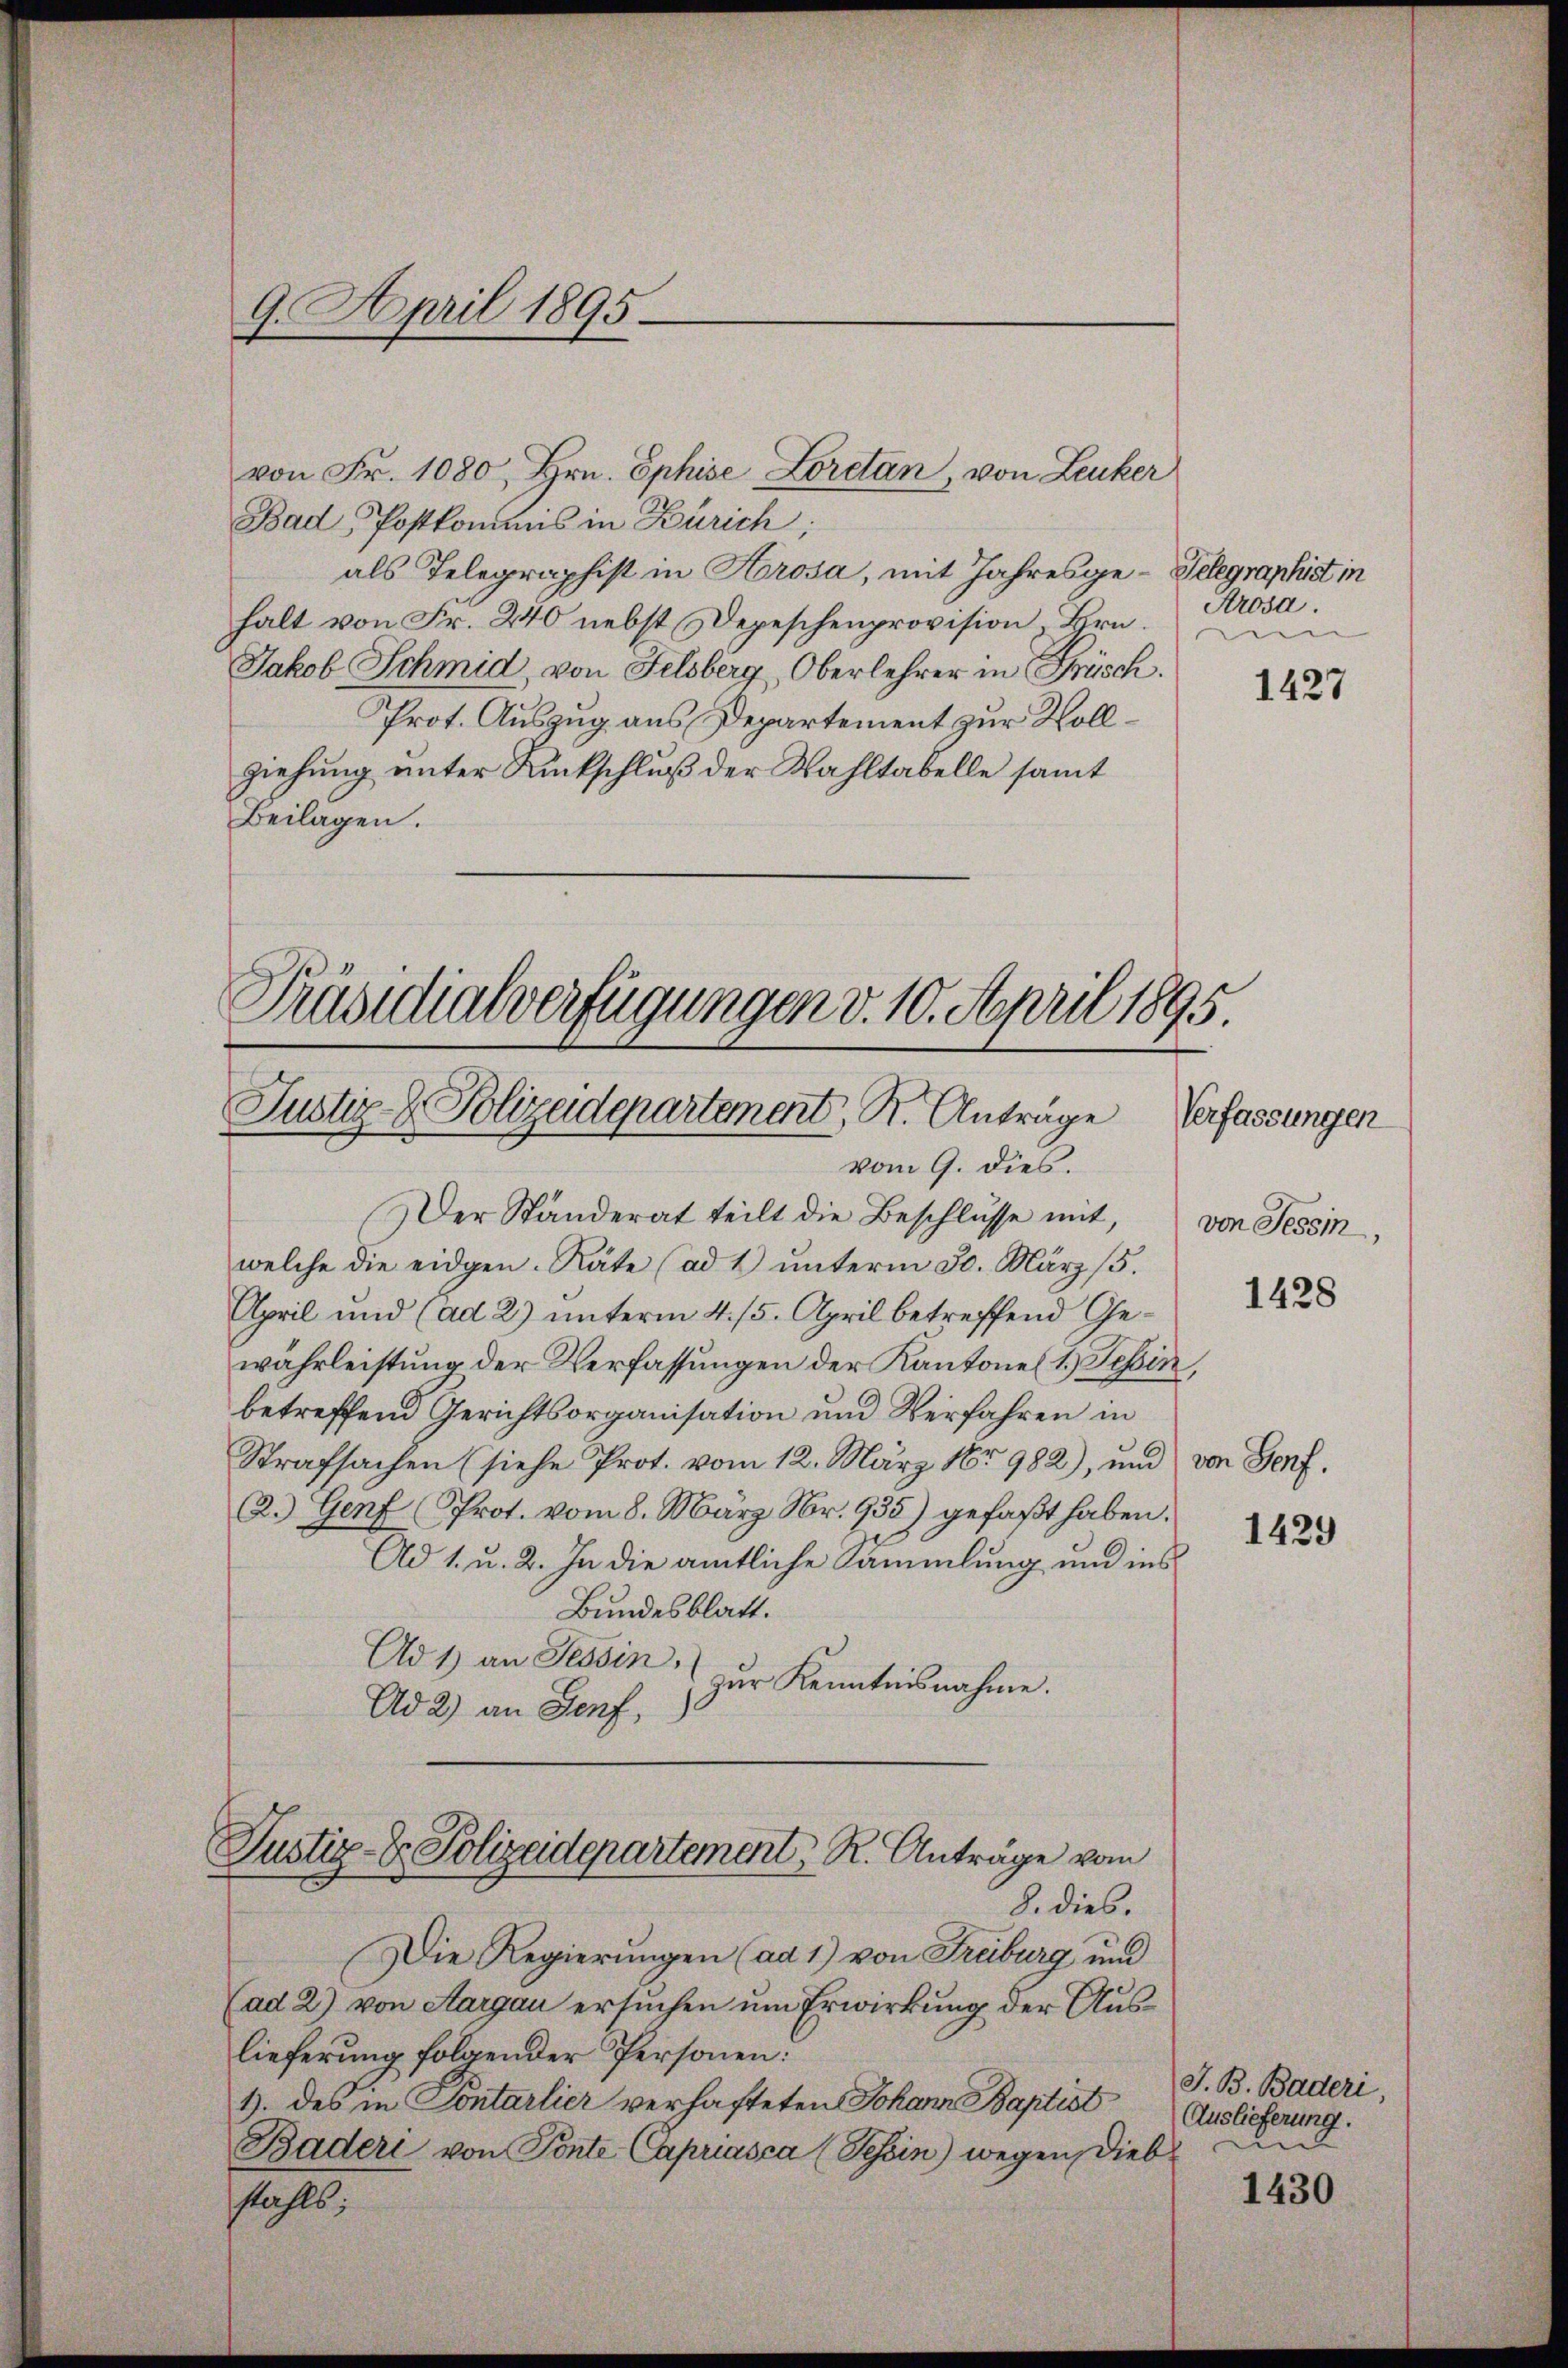
von Fr. 1080 Hrn. Ephise Loretan, von Leuker
Bad Postkomens in Zürich;
als Telegraphist in Hrosa, mit Jahresge- Gelegraphist in
halt von Fr. 240 nebst Depeschenprovision Hrn.
Jakob Schmid, von Felsberg, Oberlehrer in Frisch.
Prot. Auszug aus Departement zur Wollziehung unter Rückschluß der Wahltabelle samt
Beilagen.

9. April 1895.

Präsidialverfügungen v. 10. April 1895.
Justiz- & Polizeidepartement, R. Anträge
vom 9. dies.

Der Ständerat teilt die Beschlusse mit,
welche die eidgen. Räte (ad 4 unterm 30. März (5.
April und (ad 2) unterm 4. 15. April betreffend Gewährleistung der Verfassungen der Kantone 1) Tessin,
betreffend Gerichtsorganisation und Verfahren in
Strafsachen (siehe Prot. vom 12. März 18982), und von Genf,
2.) Genf (Prot. vom 8. März Nr. 935) gefaßt haben.
Ad 1. u. 2. In die amtliche Sammlung und ins
Bundesblatt.
Ad 1) an Tessin,
zur Kenntnisnahme.
Ad 2) an Senf,
Justiz- & Polizeidepartement, R. Anträge vom
8. dies.
Die Regierungen (ad 1) von Freiburg und
(ad 2) von Aargau ersuchen um Erwirkung der Auslieferung folgender Personen:
1. des in Sontarlier verhafteten Johann Baptist Auslieferung.
Bäderi von Ponte Capriasca (Tessin) wegen Diebstahls;

Arosa.

1427

Verfassungen
von Tessin
1428

1429

1430

J. B. Baderi,
n